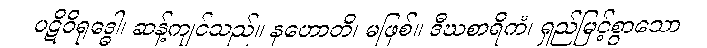
ပဋိဝိရုဒ္ဓေါ၊ ဆန့်ကျင်သည်။ နဟောတိ၊ မဖြစ်။ ဒီဃစာရိကံ၊ ရှည်မြင့်စွာသော